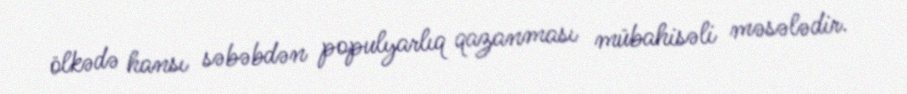
ölkədə hansı səbəbdən populyarlıq qazanması mübahisəli məsələdir.